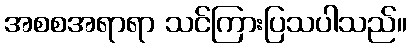
အစစအရာရာ သင်ကြားပြသပါသည်။